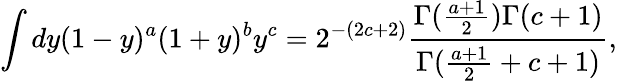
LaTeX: \int dy(1-y)^{a}(1+y)^{b}y^{c}=2^{-(2c+2)}{\frac{\Gamma({\frac{a+1}{2}})\Gamma(c+1)}{\Gamma({\frac{a+1}{2}}+c+1)}},